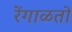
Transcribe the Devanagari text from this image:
रेंगाळतो